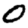
Digit: 0